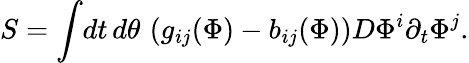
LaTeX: S=\int\! dt\, d\theta\, \left(g_{ij}(\Phi)-b_{ij}(\Phi)\right)D\Phi^{i}\partial_{t}\Phi^{j}.